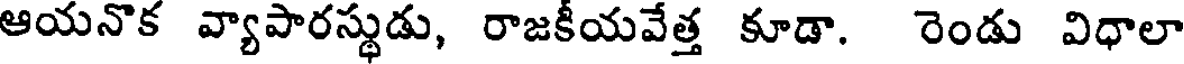
ఆయనొక వ్యాపారస్థుడు, రాజకీయవేత్త కూడా. రెండు విధాలా